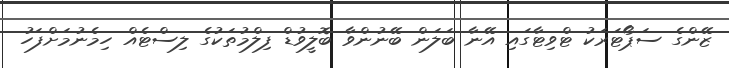
ޒޭންގެ ސަޕޯޓަރަކު ޓްވިޓާގައި އޭނާ ބަލަން ބޭނުންވާ ބޮލީވުޑް ފިލްމުތަކުގެ ލިސްޓެއް ހިމެނުމަށްފަހު